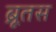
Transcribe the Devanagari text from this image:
ब्रूतस